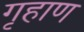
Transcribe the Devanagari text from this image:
गृहाण